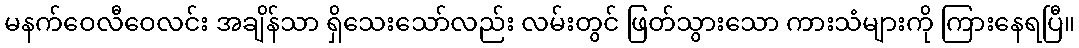
မနက်ဝေလီဝေလင်း အချိန်သာ ရှိသေးသော်လည်း လမ်းတွင် ဖြတ်သွားသော ကားသံများကို ကြားနေရပြီ။